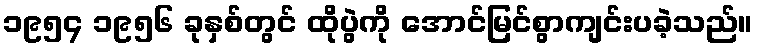
၁၉၅၄ ၁၉၅၆ ခုနှစ်တွင် ထိုပွဲကို အောင်မြင်စွာကျင်းပခဲ့သည်။